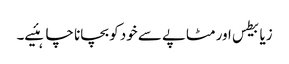
زیابیطس اور مٹاپے سے خود کو بچانا چاہئیے۔